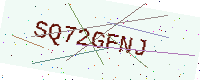
Text: SQ72GFNJ